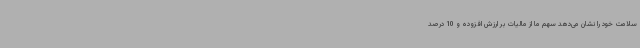
سلامت خود را نشان می‌دهد سهم ما از مالیات بر ارزش افزوده و 10 درصد